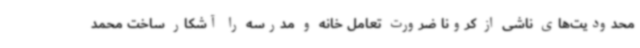
محدودیت‌های ناشی از کرونا ضرورت تعامل خانه و مدرسه را آشکار ساخت محمد